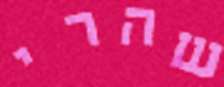
שהרי